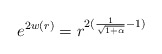
\begin{align*}e^{2w(r)} = r^{2(\frac{1}{\sqrt{1+\alpha}} -1)}\end{align*}